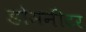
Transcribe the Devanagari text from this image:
डोमनीटर